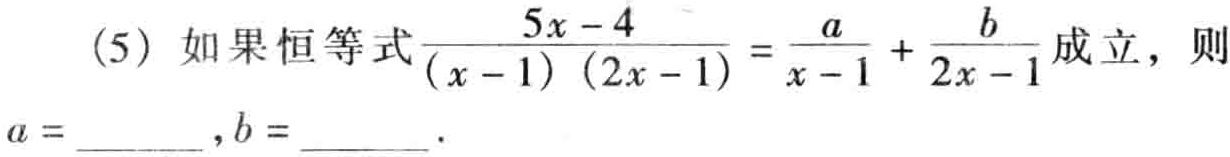
(5) 如果恒等式$\frac{5x - 4}{(x - 1)(2x - 1)}=\frac{a}{x - 1}+\frac{b}{2x - 1}$成立，则
$a =$______ ,$b =$______ .